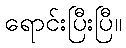
ရောင်းပြီးပြီ။